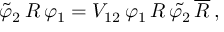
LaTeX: \tilde { \varphi } _ { 2 } \, R \, \varphi _ { 1 } = V _ { 1 2 } \, \varphi _ { 1 } \, R \, \tilde { \varphi _ { 2 } } \, \overline { { { R } } } \, ,